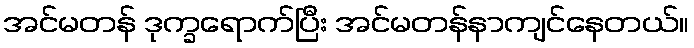
အင်မတန် ဒုက္ခရောက်ပြီး အင်မတန်နာကျင်နေတယ်။